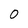
Character: 0